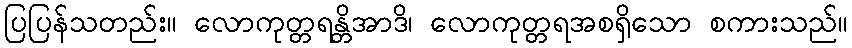
ပြပြန်သတည်း။ လောကုတ္တရန္တိအာဒိ၊ လောကုတ္တရအစရှိသော စကားသည်။